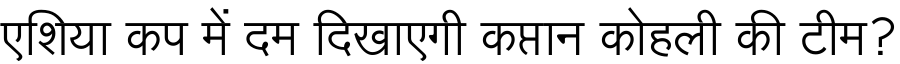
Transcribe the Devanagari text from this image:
एशिया कप में दम दिखाएगी कप्तान कोहली की टीम?